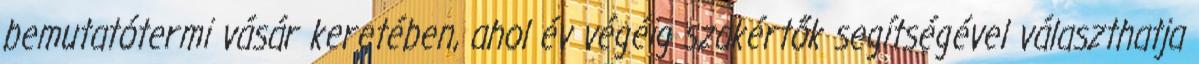
bemutatótermi vásár keretében, ahol év végéig szakértők segítségével választhatja